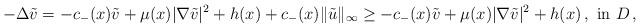
LaTeX: \begin{align*} -\Delta \tilde{v} = -c_-(x) \tilde{v} + \mu(x)|\nabla \tilde{v}|^2 + h(x) + c_-(x) \|\tilde{u}\|_{\infty}\geq - c_-(x)\tilde{v} + \mu(x)|\nabla \tilde{v}|^2 + h(x)\,, \textup{ in } D\,,\end{align*}